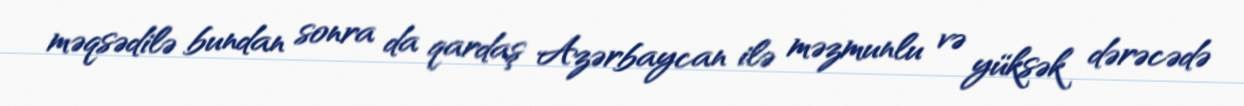
məqsədilə bundan sonra da qardaş Azərbaycan ilə məzmunlu və yüksək dərəcədə